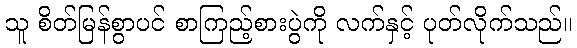
သူ စိတ်မြန်စွာပင် စာကြည့်စားပွဲကို လက်နှင့် ပုတ်လိုက်သည်။